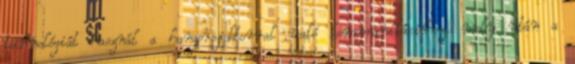
technológiát használ a hangprojektorral való kommunikációhoz, mely után a